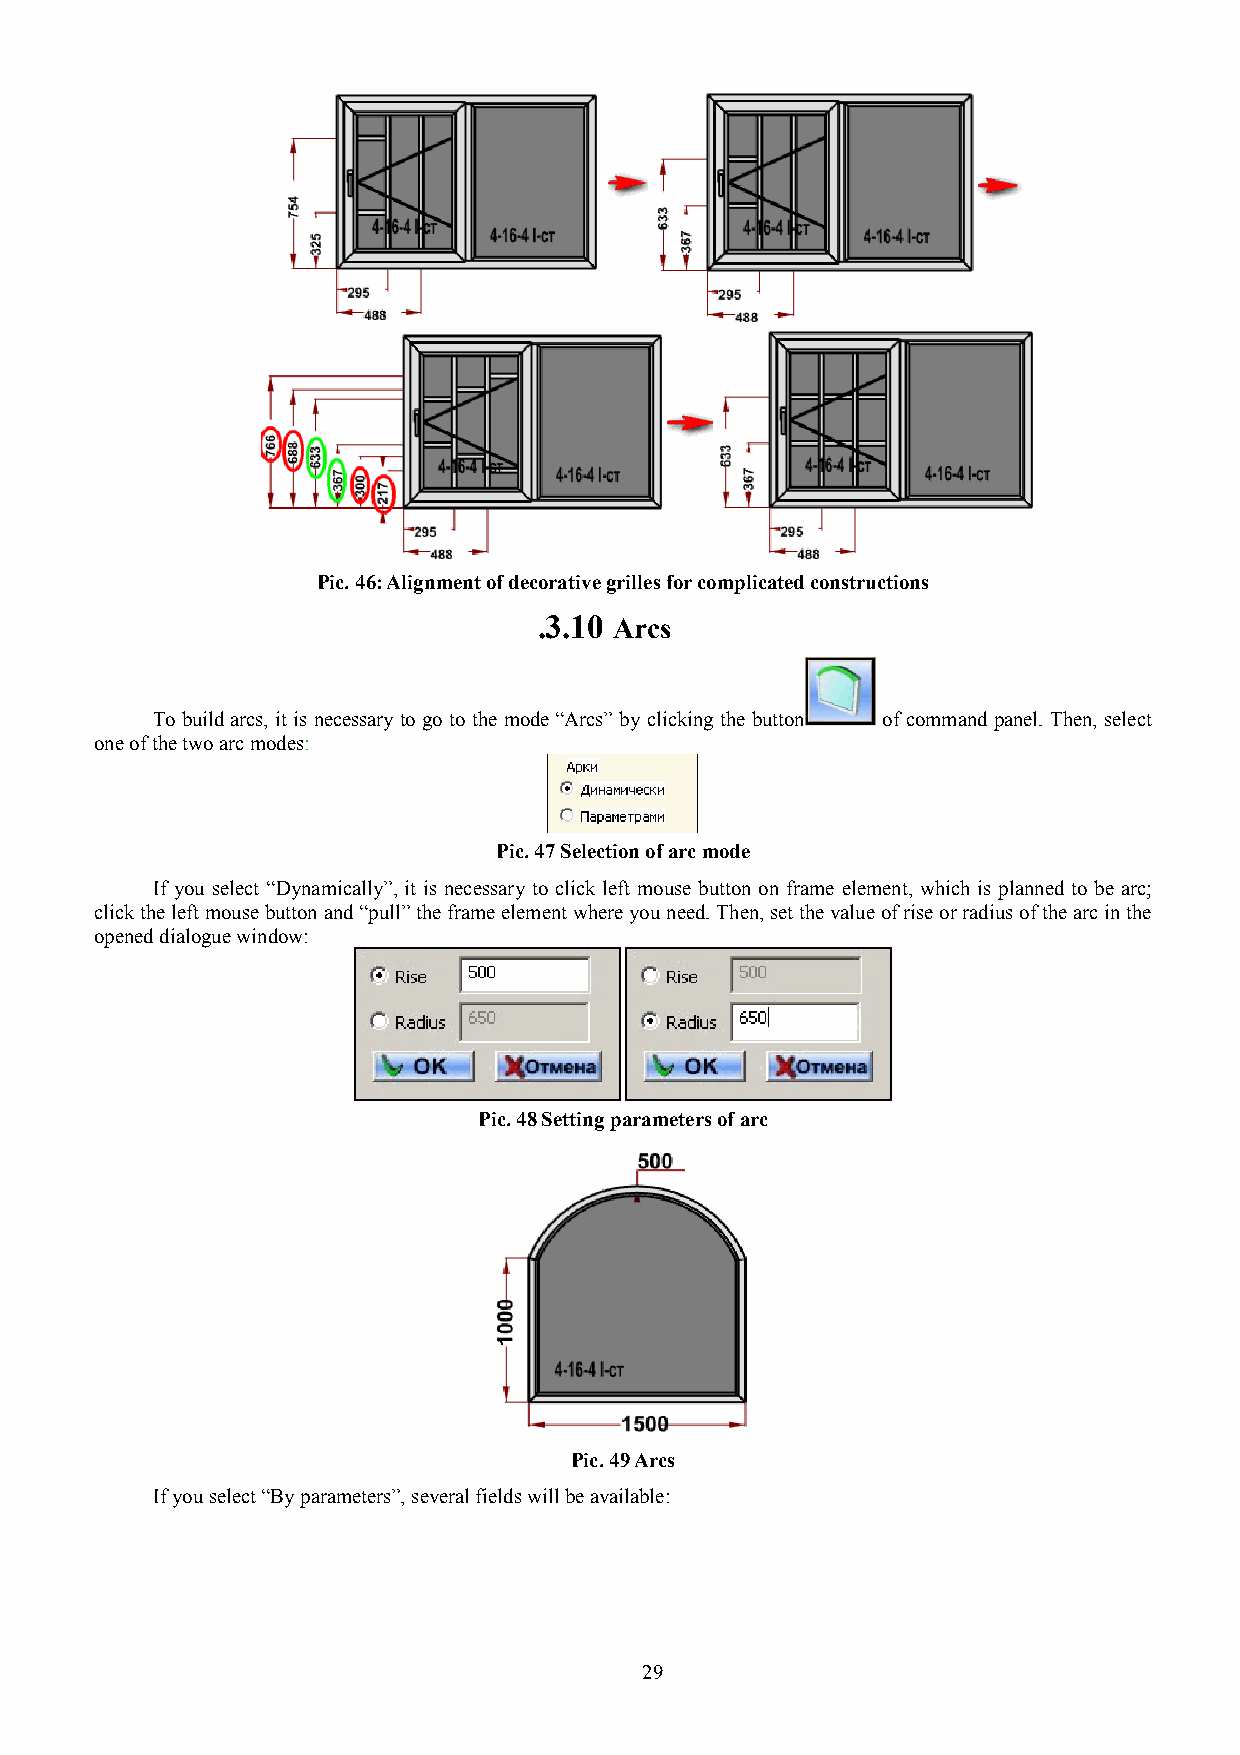
Pic. 46: Alignment of decorative grilles for complicated constructions
 .3.10 Arcs
 To build arcs, it is necessary to go to the mode “Arcs” by clicking the button of command panel. Then, select
 one of the two arc modes:
 Pic. 47 Selection of arc mode
 If you select “Dynamically”, it is necessary to click left mouse button on frame element, which is planned to be arc;
 click the left mouse button and “pull” the frame element where you need. Then, set the value of rise or radius of the arc in the
 opened dialogue window:
 Pic. 48 Setting parameters of arc
 Pic. 49 Arcs
 If you select “By parameters”, several fields will be available:
 29